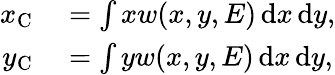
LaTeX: \begin{array}{rl}{x_{\mathrm{C}}}&{{}=\int xw(x,y,E)\, \mathrm{d}x\, \mathrm{d}y,}\\ {y_{\mathrm{C}}}&{{}=\int yw(x,y,E)\, \mathrm{d}x\, \mathrm{d}y,}\end{array}